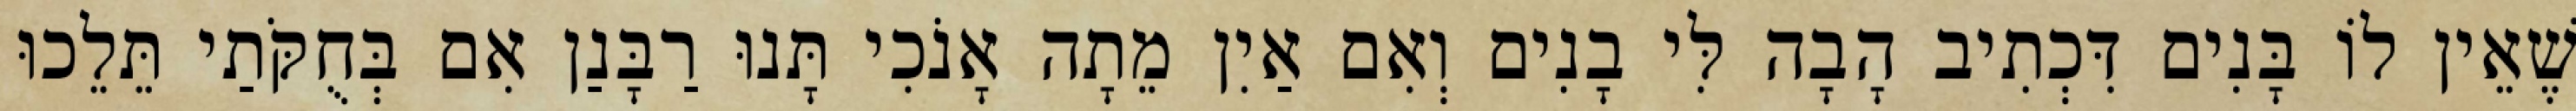
שֶׁאֵין לוֹ בָּנִים דִּכְתִיב הָבָה לִּי בָנִים וְאִם אַיִן מֵתָה אָנֹכִי תָּנוּ רַבָּנַן אִם בְּחֻקֹּתַי תֵּלֵכוּ